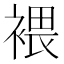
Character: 𧛚